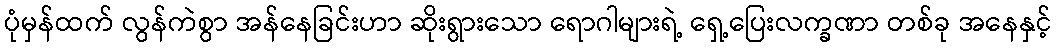
ပုံမှန်ထက် လွန်ကဲစွာ အန်နေခြင်းဟာ ဆိုးရွားသော ရောဂါများရဲ့ ရှေ့ပြေးလက္ခဏာ တစ်ခု အနေနှင့်